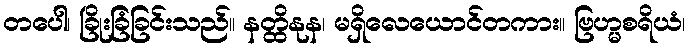
တပေါ၊ ခြိုးခြံခြင်းသည်။ နတ္ထိနုန၊ မရှိလေယောင်တကား။ ဗြဟ္မစရိယံ၊